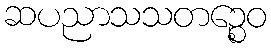
ဆပညာသသတဉ္စေဝ